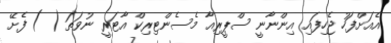
އެއަށްފަހު ޖެހިފައި އިންނާނީ ސްޕީރިއާ މެސެންޓިރިކް އާޓަރީ ނުވަތަ ( ) ފެށޭ